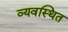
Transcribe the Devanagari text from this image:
व्‍यवस्‍िथत